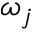
\omega _ { j }